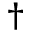
^ { \dagger }